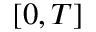
[ 0 , T ]